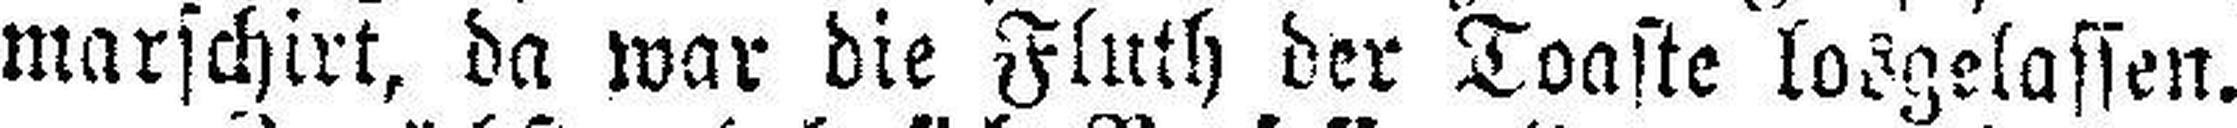
marschirt, da war die Fluth der Toaste losgelassen.